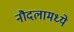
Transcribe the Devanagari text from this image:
नौदलामध्ये